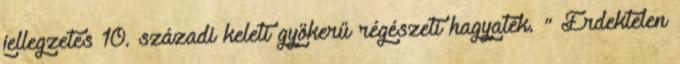
jellegzetes 10. századi keleti gyökerű régészeti hagyaték. " Érdektelen